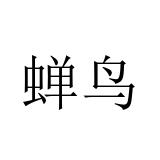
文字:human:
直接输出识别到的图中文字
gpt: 蝉鸟